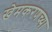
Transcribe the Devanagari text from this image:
खेमकरणच्या